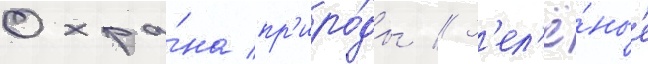
Охра́на пр'иро́ды // З'ел'ё́ные